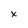
Character: x